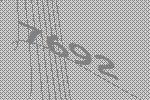
7692